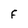
Character: F